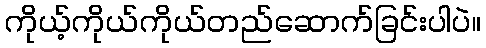
ကိုယ့်ကိုယ်ကိုယ်တည်ဆောက်ခြင်းပါပဲ။